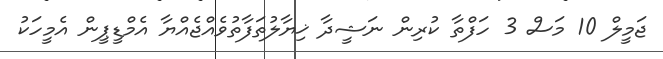
ޖަމީލް 10 މަސް 3 ހަފްތާ ކުރިން ނަޝީދާ ޚިޔާލުތަފާތުވެއްޖެއްޔާ އެމްޑީޕީން އެމީހަކު